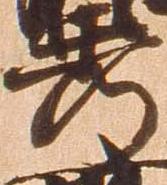
秀